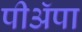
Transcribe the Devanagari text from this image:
पीअॅपा